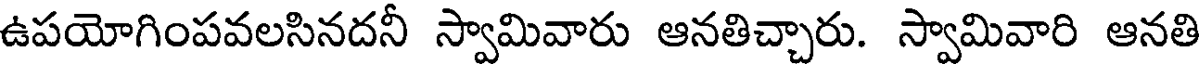
ఉపయోగింపవలసినదనీ స్వామివారు ఆనతిచ్చారు. స్వామివారి ఆనతి